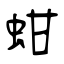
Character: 蚶